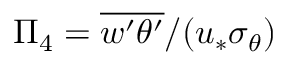
\Pi _ { 4 } = \overline { { w ^ { \prime } \theta ^ { \prime } } } / ( u _ { * } \sigma _ { \theta } )